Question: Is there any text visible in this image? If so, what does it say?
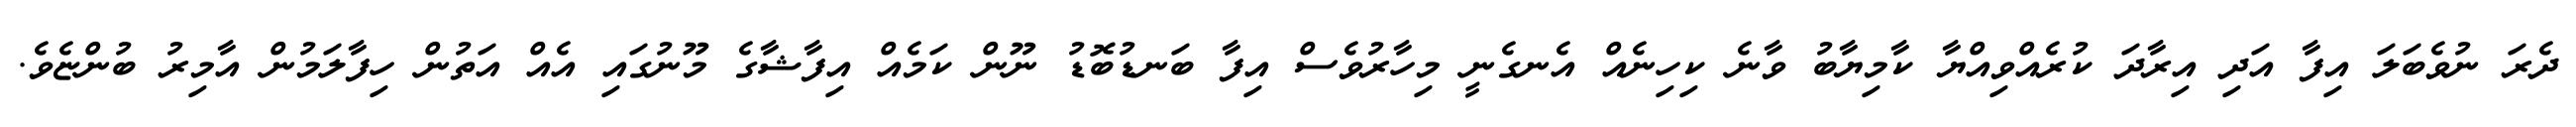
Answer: ދެރަ ނުވެބަލަ އިފާ އަދި އިރާދަ ކުރެއްވިއްޔާ ކާމިޔާބު ވާނެ ކިހިނެއް އެނގެނީ މިހާރުވެސް އިފާ ބަނޑުބޮޑު ނޫން ކަމެއް އިފާޝާގެ މޫނުގައި އެއް އަތުން ހިފާލަމުން އާމިރު ބުންޏެވެ.